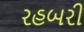
રહબરી